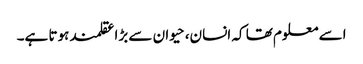
اسے معلوم تھا کہ انسان، حیوان سے بڑا عقلمند ہوتا ہے۔